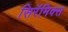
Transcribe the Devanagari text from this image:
सिरॅमिक्स